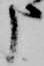
申